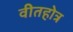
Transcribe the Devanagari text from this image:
वीतहोत्र